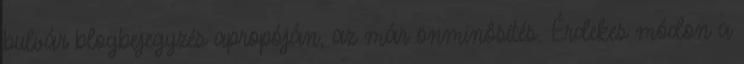
bulvár blogbejegyzés apropóján, az már önminősítés. Érdekes módon a